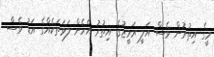
މީގެ އިތުރުން ވެސް އަލީ ރަމީޒުގެ އިތުރު އެހެން ލަވަތަކެއްގެ އަޑު ވެސް